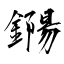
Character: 鐊